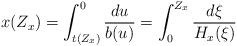
LaTeX: \begin{align*} x(Z_x)=\int_{t(Z_x)}^0\frac{du}{b(u)}=\int_0^{Z_x}\frac{d\xi}{H_x(\xi)}\end{align*}